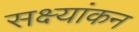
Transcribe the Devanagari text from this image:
सक्ष्यांकन